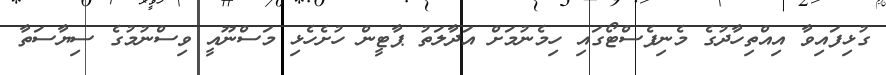
ގުޅިފައިވާ އިއްތިހާދުގެ މެނިފެސްޓޯގައި ހިމެނުމަށް އަދާލަތު ޕާޓީން ހުށެހެޅި މަސްނޫއީ ވިސްނުމުގެ ސިޔާސަތާ